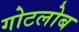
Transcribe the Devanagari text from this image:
गोटलोब